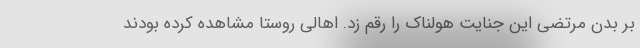
بر بدن مرتضی این جنایت هولناک را رقم زد. اهالی روستا مشاهده کرده بودند